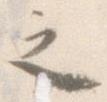
之